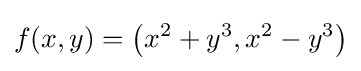
f(x,y)=\left(x^{2}+y^{3},x^{2}-y^{3}\right)